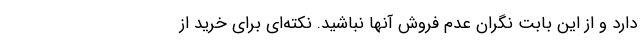
دارد و از این بابت نگران عدم فروش آنها نباشید. نکته‌ای برای خرید از